Lunatic asylums Bombay report 1891-1903 - 1891-1903
Year: 1891
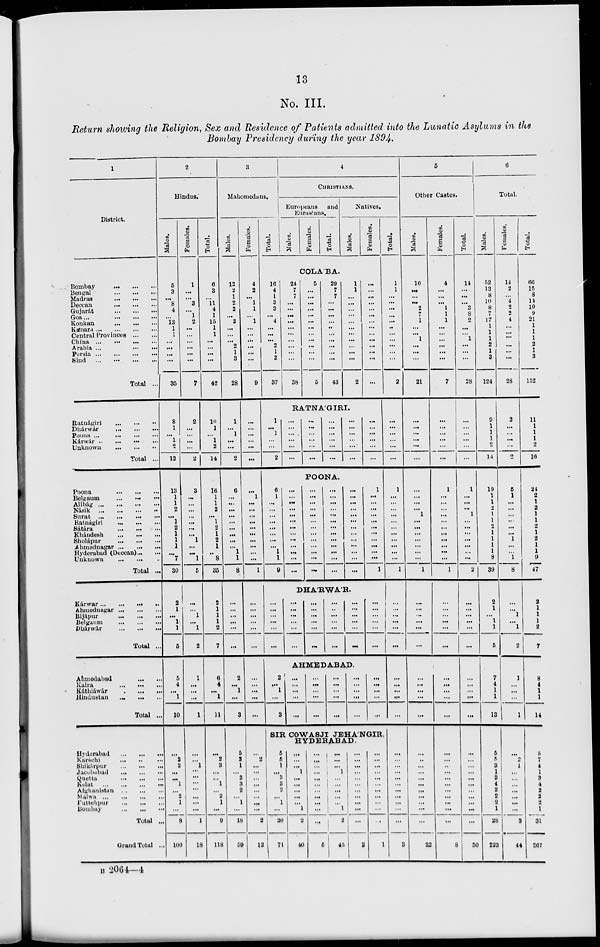
13
No. III.
Return showing the Religion, Sex and Residence of Patients admitted into the Lunatic Asylums in the
Bombay Presidency during the year 1894.
1
District.
Bombay ... ... ...
Bengal
...
...
...
Madras
...
...
...
Deccan
... ... ...
Gujarát
...
...
...
Goa ...
...
...
...
Konkan
...
...
...
Kánara ... ... ... ...
Central Provinces ... ...
China
...
...
...
...
Arabia ... ... ... ...
Persia
...
...
...
...
Sind
...
...
...
...
Total ...
Ratnágiri
...
...
...
Dhárwár
...
...
...
Poona ...
...
...
...
Kárwár
...
...
...
...
Unknown
...
...
...
Total ...
Poona
...
...
...
Belgaum
...
...
...
Alibág
...
...
...
...
Násik
...
...
...
...
Surat
...
...
...
...
Ratnágiri
...
...
...
Sátára
...
...
...
Khándesh
...
...
...
Sholápur
...
...
...
Ahmednagar
...
...
...
Hyderabad (Deccan) ... ...
Unknown
Total ...
Kárwar ... ... ... ...
Ahmednagar
...
...
...
Bijápur
...
...
...
Belgaum ... ... ...
Dhárwár
...
...
...
Total ...
Ahmedabad
...
...
Kaira
...
...
...
Káthiáwár
...
...
...
Hindustan
...
...
...
Total ...
Hyderabad
...
...
...
Karáchi ... ... ...
Shikárpur
...
...
...
Jacobabad
...
...
...
Quetta
...
...
...
Kelat
...
...
...
...
Afghanistan
...
...
...
Malwa
...
...
...
...
Futtehpur
...
...
...
Bombey
...
...
...
Total ...
Grand Total ...
2
Hindus.
Males.
5
3
...
8
4
...
13
1
1
...
...
...
...
35
8
1
...
1
2
12
13
1
1
2
...
1
2
1
1
1
...
7
30
2
1
...
1
1
5
5
4
...
1
10
...
2
2
...
...
1
...
2
1
...
8
100
Females.
1
...
...
3
...
1
2
...
...
...
...
...
...
7
2
...
...
...
...
2
3
...
...
...
...
...
...
...
1
...
...
1
5
...
...
1
...
1
2
1
...
...
...
1
...
...
1
...
...
...
...
...
...
...
1
18
Total.
6
3
...
11
4
1
15
1
1
...
...
...
...
42
10
1
...
1
2
14
16
1
1
2
...
1
2
1
2
1
..
8
35
2
1
1
1
2
7
6
4
...
1
11
...
2
3
...
...
1
...
2
1
...
9
118
3
Mahomedans.
Males.
12
2
1
2
2
... 3
...
...
...
2
1
3
28
1
...
1
...
...
2
6
...
...
...
...
...
...
...
...
...
1
1
8
...
...
...
...
...
...
2
...
1
...
3
5
3
1
...
3
3
2
...
1
...
18
59
Females.
4
2
...
1
1
... 1
...
...
...
...
...
...
9
...
...
...
...
...
...
...
1
...
...
...
...
...
...
...
...
...
...
1
...
...
...
...
...
...
...
...
...
...
...
...
2
...
...
...
...
...
...
...
...
2
12
Total.
4
CHRISTIANS.
Europeans and
Eurasians.
Males.
Females.
Total.
Natives.
Males.
Females.
COLA'BA.
16
4
1
3
3
... 4
...
...
...
2
1
3
37
24
7
7
...
...
...
...
...
...
...
...
...
...
38
5
...
...
...
...
...
...
...
...
...
...
...
...
5
29
7
7
...
...
...
...
...
...
...
...
...
...
43
1
1
...
...
...
...
...
...
...
...
...
...
...
2
...
...
...
...
...
...
...
...
...
...
...
...
...
...
RATNA'GIRI.
1
...
1
...
...
2
...
...
...
...
...
...
...
...
...
...
...
...
...
...
...
...
...
...
...
...
...
...
...
...
...
...
...
...
...
...
POONA.
6
1
...
...
...
...
...
...
...
...
1
1
9
...
...
...
...
...
...
...
...
...
...
...
...
...
...
...
...
...
...
...
...
...
...
...
...
...
...
...
...
...
...
...
...
...
...
...
...
...
...
...
...
...
...
...
...
...
...
...
...
...
...
...
...
1
...
...
...
...
...
...
...
...
...
...
...
1
DHA'RWA'R.
...
...
...
...
...
...
...
...
...
...
...
...
...
...
...
...
...
...
...
..
...
...
...
...
...
...
...
...
...
...
...
...
...
...
...
...
AHMEDABAD.
2
...
1
...
3
...
...
...
...
...
...
...
...
...
...
...
...
...
...
...
...
...
...
...
...
...
...
...
...
...
SIR COWASJI JEHA'NGIR,
HYDERABAD.
5
5
1
...
3
3
2
...
1
...
20
71
...
...
...
1
...
...
...
...
...
1
2
40
...
...
...
...
...
...
...
...
...
...
...
5
...
...
...
1
...
...
...
...
...
1
2
45
...
...
...
...
...
...
...
...
...
...
...
2
...
...
...
...
...
...
...
...
...
...
...
1
Total.
1
1
...
...
...
...
...
...
...
...
...
...
...
2
...
...
...
...
...
...
1
...
...
...
...
...
...
...
...
...
...
...
1
...
...
...
...
...
...
...
...
...
...
...
...
...
...
...
...
...
...
...
...
...
...
3
5
Other Castes.
Males.
10
...
...
...
2
7
1
...
...
1
...
...
...
21
...
...
...
...
...
...
...
...
...
...
1
...
...
...
...
...
...
...
1
...
...
...
...
...
...
...
...
...
...
...
...
...
...
...
...
...
...
...
...
...
...
22
Females.
4
...
...
...
1
1
1
...
...
...
...
...
...
7
...
...
...
...
...
...
1
...
...
...
...
...
...
...
...
...
...
...
1
...
...
...
...
...
...
...
...
...
...
...
...
...
...
...
...
...
...
...
...
...
...
8
Total.
14
...
...
...
3
8
2
...
...
1
...
...
...
28
...
...
...
...
...
...
1
...
...
...
1
...
...
...
...
...
...
...
2
...
...
...
...
...
...
...
...
...
...
...
...
...
...
...
...
...
...
...
...
...
...
30
6
Total.
Males.
52
13
8
10
8
7
17
1
1
1
2
1
3
124
9
1
1
1
2
14
19
1
1
2
1 1
2
1
1
1
1
8
39
2
1
...
1
1
5
7
4
1
1
13
5
5
3
1
3
4
2
2
2
1
28
223
Females.
14
2
...
4
2
2
4
...
...
...
...
...
...
28
2
...
...
...
...
2
5
1
...
...
...
...
...
...
1
...
...
1
8
...
...
1
...
1
2
1
...
...
...
1
...
2
1
...
...
...
...
...
...
...
3
44
Total.
66
15
8
14
10
9
21
1
1
1
2
1
3
152
11
1
1
1
2
16
24
2
1
2
1
1
2
1
2
1
1
9
47
2
1
1
1
2
7
8
4
1
1
14
5
7
4
1
3
4
2
2
2
1
31
267
B 2064—4